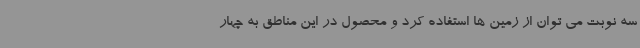
سه نوبت می توان از زمین ها استفاده کرد و محصول در این مناطق به چهار